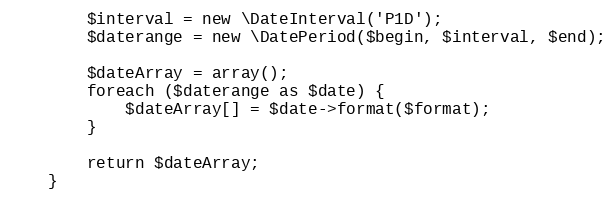
Language: PHP
        $interval = new \DateInterval('P1D');
        $daterange = new \DatePeriod($begin, $interval, $end);

        $dateArray = array();
        foreach ($daterange as $date) {
            $dateArray[] = $date->format($format);
        }

        return $dateArray;
    }